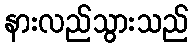
နားလည်သွားသည်